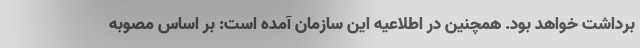
برداشت خواهد بود. همچنین در اطلاعیه این سازمان آمده است: بر اساس مصوبه